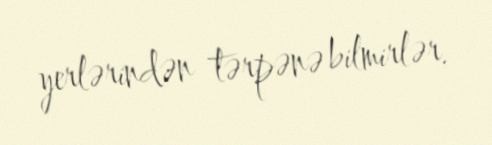
yerlərindən tərpənə bilmirlər.